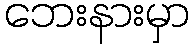
ဘေးနားမှာ